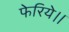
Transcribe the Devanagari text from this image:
फेरिये।।